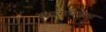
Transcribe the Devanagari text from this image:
स्कारामजेस